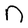
Character: n